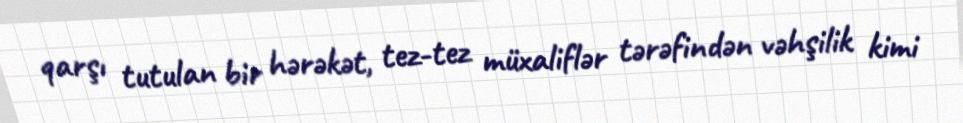
qarşı tutulan bir hərəkət, tez-tez müxaliflər tərəfindən vəhşilik kimi